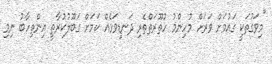
"މިވަގުތަކީ ގައުމަށް ވަރަށް މުހިންމު ހުތޫރަތްތެރި ދަނޑިވަޅެއް ކަމަށް ގަބޫލުކުރާތީ އިންތިހާބު ނިމި